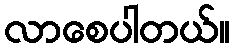
လာစေပါတယ်။